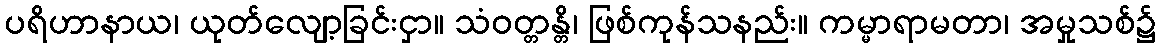
ပရိဟာနာယ၊ ယုတ်လျော့ခြင်းငှာ။ သံဝတ္တန္တိ၊ ဖြစ်ကုန်သနည်း။ ကမ္မာရာမတာ၊ အမှုသစ်၌